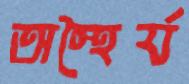
অস্থৈর্য